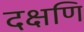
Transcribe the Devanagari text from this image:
दक्षणि